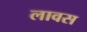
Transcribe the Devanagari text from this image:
लावस